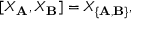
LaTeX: [ X _ { \bf A } , X _ { \bf B } ] = X _ { \{ { \bf A } , { \bf B } \} } ,